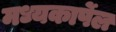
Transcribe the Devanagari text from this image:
मध्यकार्पेल